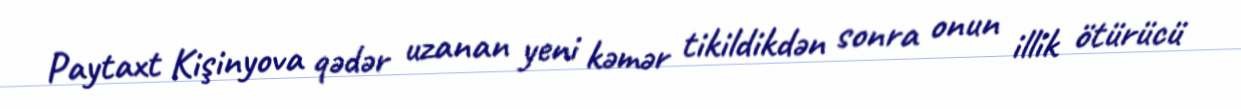
Paytaxt Kişinyova qədər uzanan yeni kəmər tikildikdən sonra onun illik ötürücü